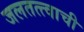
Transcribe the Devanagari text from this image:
जलतत्त्वाची